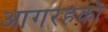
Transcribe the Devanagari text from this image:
आगरहको